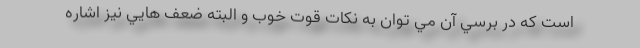
است كه در برسي آن مي توان به نكات قوت خوب و البته ضعف هايي نيز اشاره